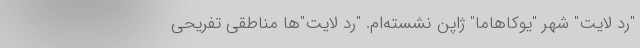
"رد لایت" شهر "یوکاهاما" ژاپن نشسته‌ام. "رد لایت"‌ها مناطقی تفریحی